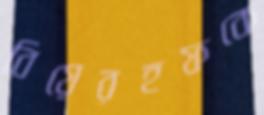
বিয়েরহফকে